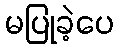
မပြုခဲ့ပေ